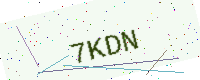
Text: 7KDN